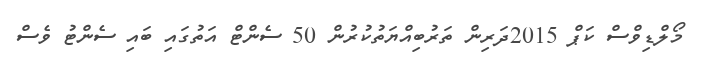
މޯލްޑިވްސް ކަޕް 2015ދަރިން ތަރުބިއްޔަތުކުރުން 50 ސެންޓް އަތުގައި ބައި ސެންޓު ވެސް